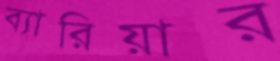
ব্যারিয়ার